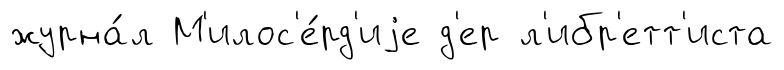
журна́л М'илос'е́рд'иjе д'ер л'ибр'етт'иста